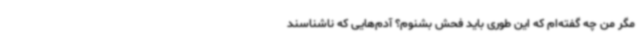
مگر من چه گفته‌ام که این‌ طوری باید فحش بشنوم؟ آدم‌هایی که ناشناسند